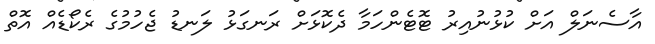
އާސެނަލް އަށް ކުޅުނުއިރު ޓޮޓެންހަމާ ދެކޮޅަށް ރަނގަޅު ލަނޑު ޖެހުމުގެ ރެކޯޑެއް އޮތް